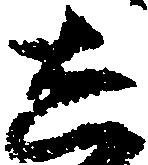
し